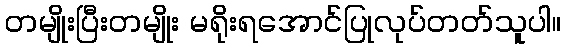
တမျိုးပြီးတမျိုး မရိုးရအောင်ပြုလုပ်တတ်သူပါ။